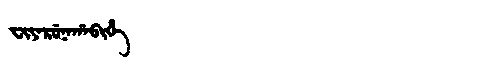
Manchu: ᠸᡳᠶᠠᡵᡠᠨᠠᡥᠠᠪᡳᡥᡝ
Romanization: FIYARUNAHABIHE